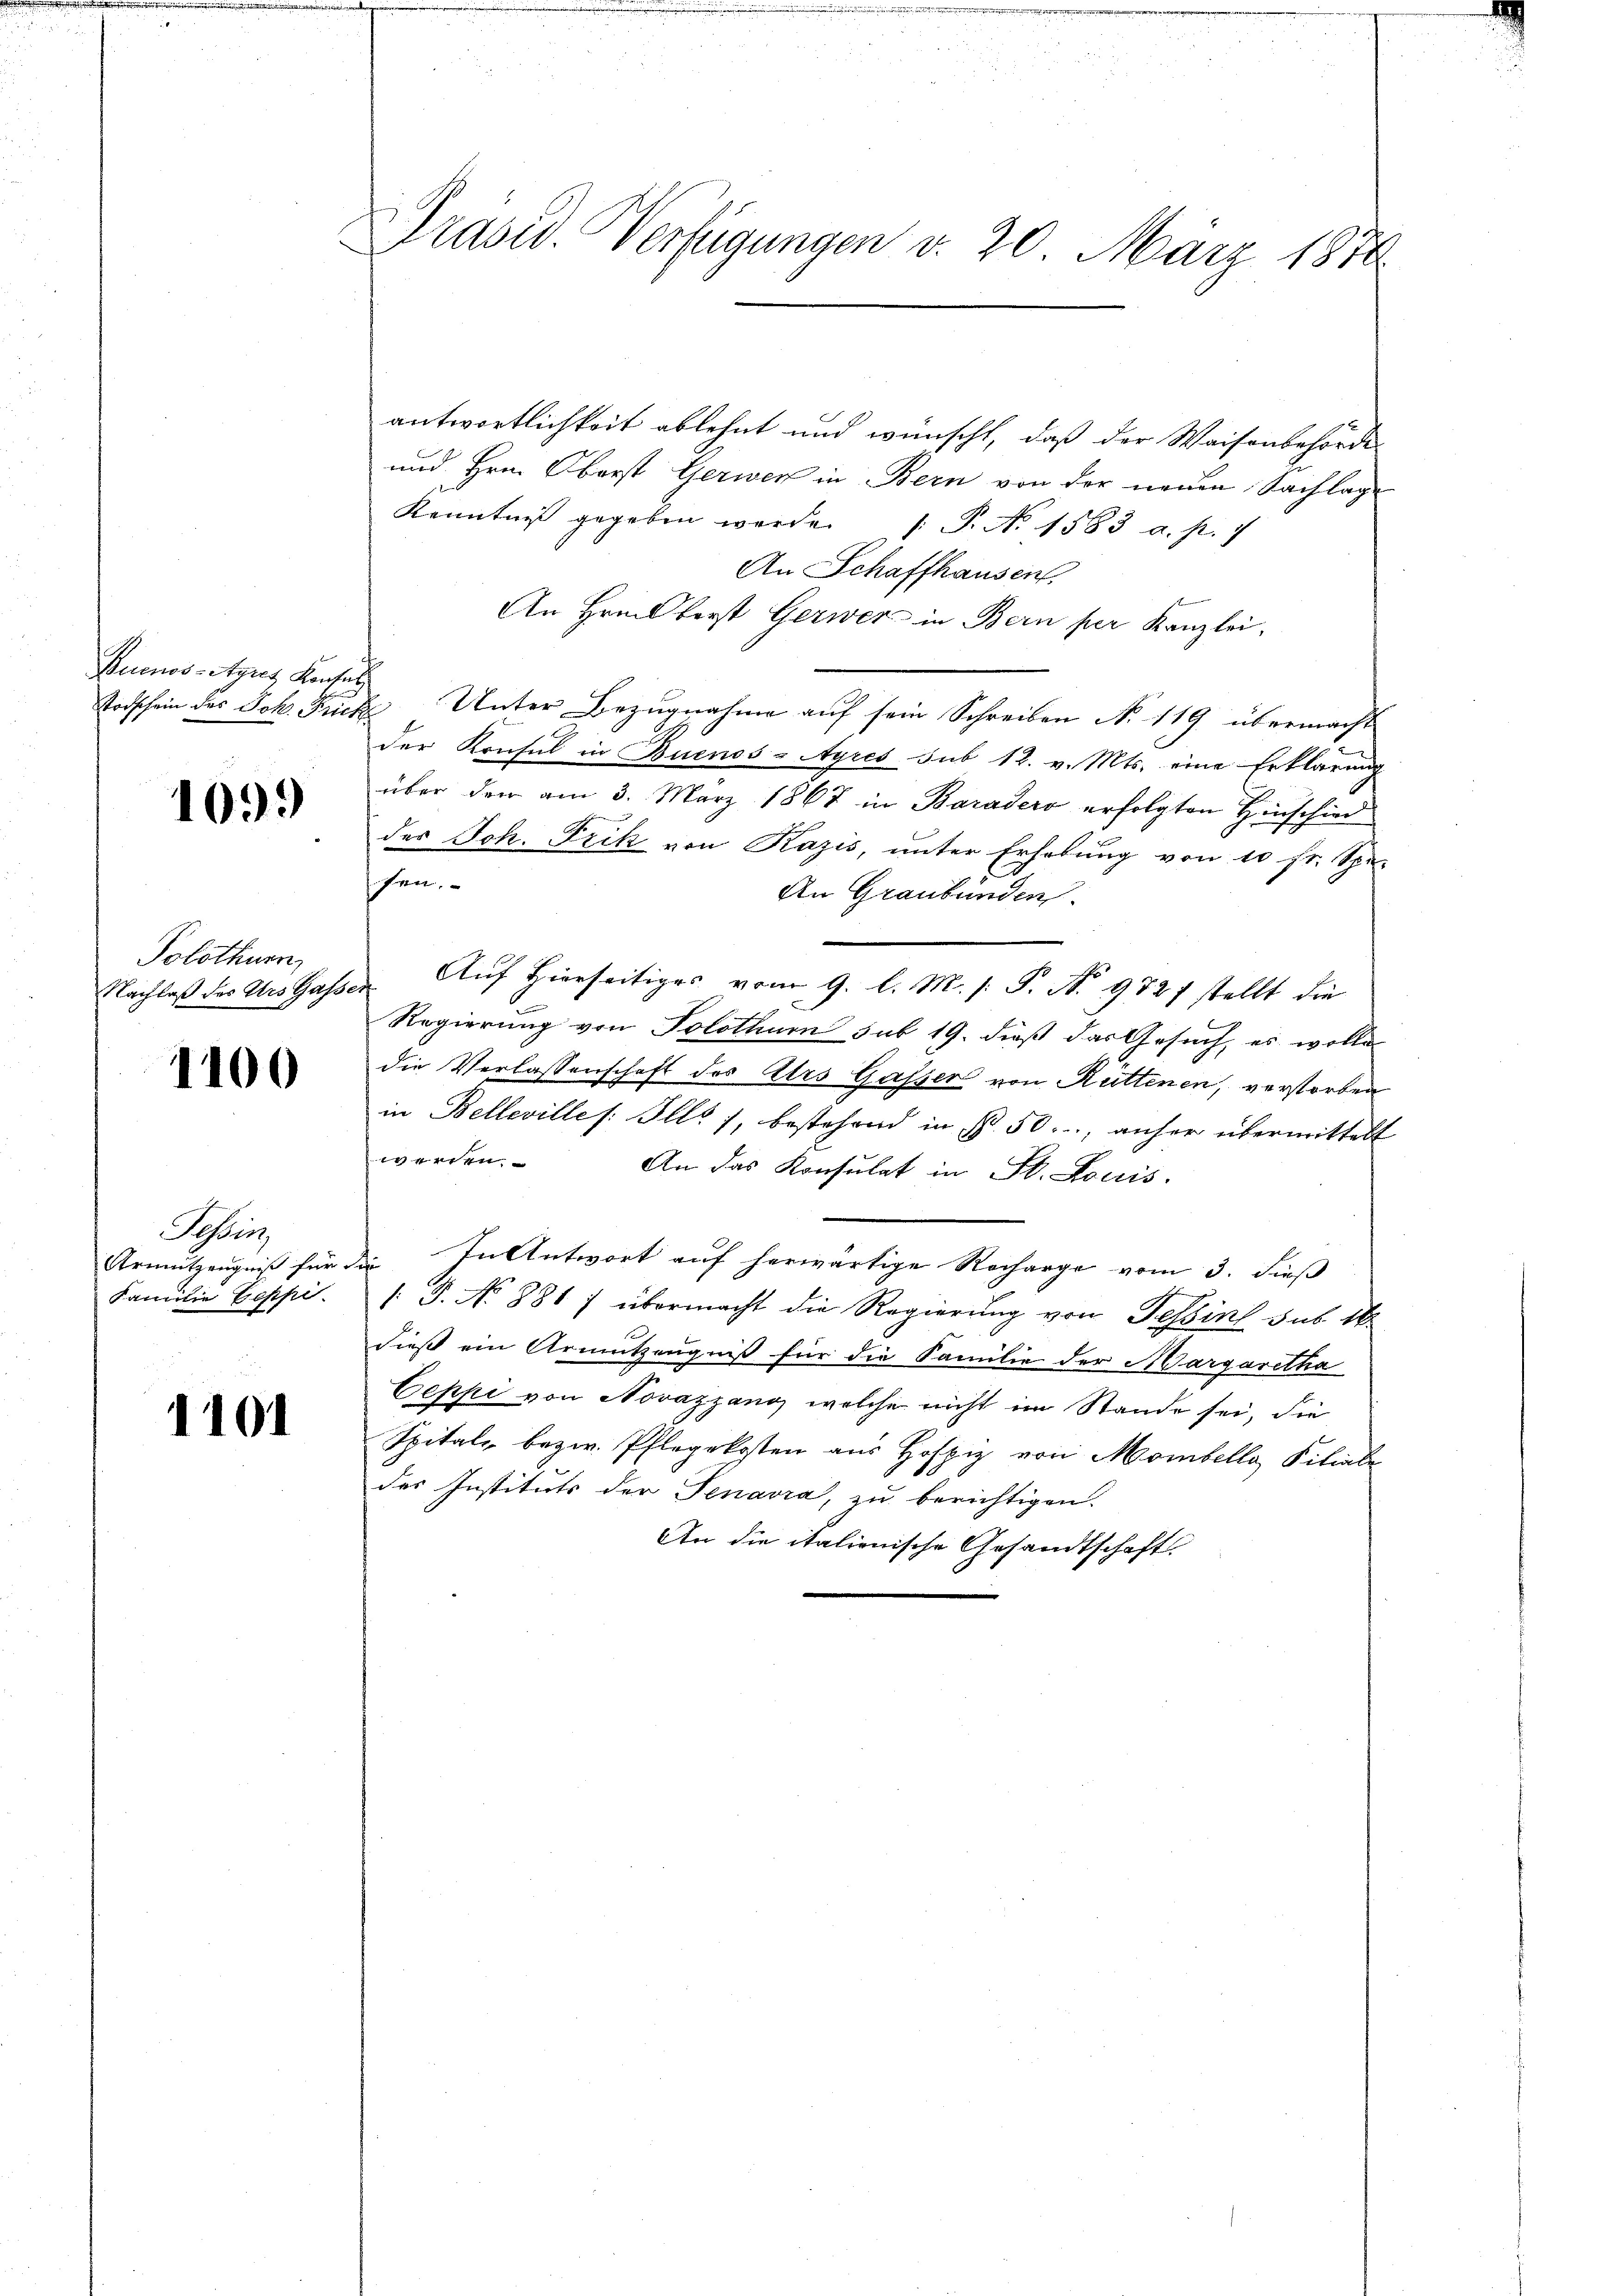
Buenos-Ayres Konsul

1099

Solothurn,
Nachlaß des Urs Gasser

1100

Schweiz
Armutzeugniß für
Familie Geppi

1101

Präsid. Verfügungen v. 20. März 1878

antwortlichkeit ablehnt und wünscht, daß der Waisenbehörde
und Hrn. Oberst Gerwer in Bern von der neuen Sachlage
Kenntniß gegeben werde. P. No 1583 a. p. 17
An Schaffhausen,
An Hrn. Berst Gerwer in Bern per Kanzlei,
Todschein des Joh. Fick Unter Bezŭgnahme aŭf sein Schreiben No 119 übermacht
der Konsul in Buenos-Ayres sub 12. v. Mts. eine Erklärung
über den am 3. März 1867 in Baradero erfolgten Hinschied
des Joh. Frik von Kazis, unter Erhebŭng von 10 fr. Spe-
fen.
An Graubünden.
Auf Hierseitiges vom 9. l. M. /: P. N. 9827 stellt die
Regierung von Solothur sub 19. dieß das Gesuch, es wolle
die Verlassenschaft des Urs Gasser von Rüttenen, verstorben
in Bellevilles: Ill. 7, bestehend in Nr. 50., anher übermittelt
werden.
An das Konsulat in St. Louis
. In Antwort auf herwärtige Recharge vom 3. dieß
/. P. No 881 / übermacht die Regierung von Tessin sub 16
dieß ein Armutzeugniß für die Familie der Margaretha
Oeppi von Novazzang, welche nicht im Stande sei, die
Spitale bezw. Pflegekosten aus Hofpiz von Mombella Filiale
des Instituts der Tenavia, zu berichtigen.
An die italienische Gesandtschaft.